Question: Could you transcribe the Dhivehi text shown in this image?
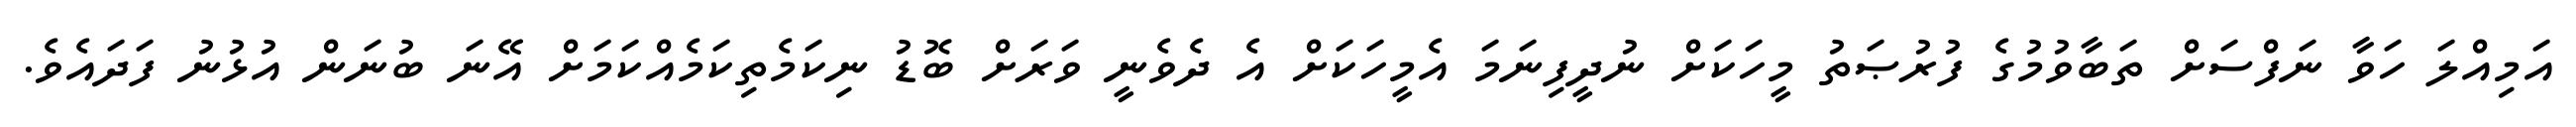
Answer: އަމިއްލަ ހަވާ ނަފްސަށް ތަބާވުމުގެ ފުރުޞަތު މީހަކަށް ނުދީފިނަމަ އެމީހަކަށް އެ ދެވެނީ ވަރަށް ބޮޑު ނިކަމެތިކަމެއްކަމަށް އޭނަ ބުނަން އުޅުނު ފަދައެވެ.